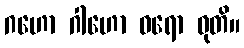
ဂဟော ဂါဟော ဝရော ဝုတိ။